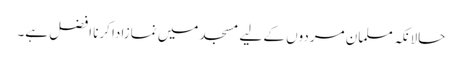
حالانکہ مسلمان مردوں کے لیے مسجد میں نمازادا کرنا افضل ہے۔